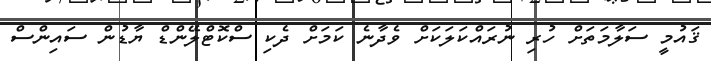
ޤައުމީ ސަލާމަތަށް ހުރި ނުރައްކަލަކަށް ވެދާނެ ކަމަށް ދެކި ސްކޮޓްލޭންޑް ޔާޑުން ސައިންސް